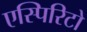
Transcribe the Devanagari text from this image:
एस्पिरिटो